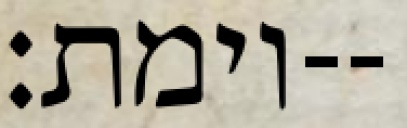
וימת׃--